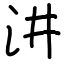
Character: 汫